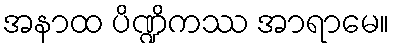
အနာထ ပိဏ္ဍိကဿ အာရာမေ။